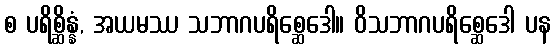
စ ပရိစ္ဆိန္နံ, အယမဿ သဘာဂပရိစ္ဆေဒေါ။ ဝိသဘာဂပရိစ္ဆေဒေါ ပန